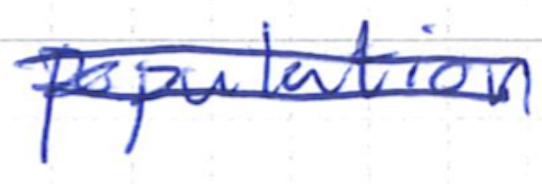
Text: population
Cross-out: double-line
Writing tool: ballpoint